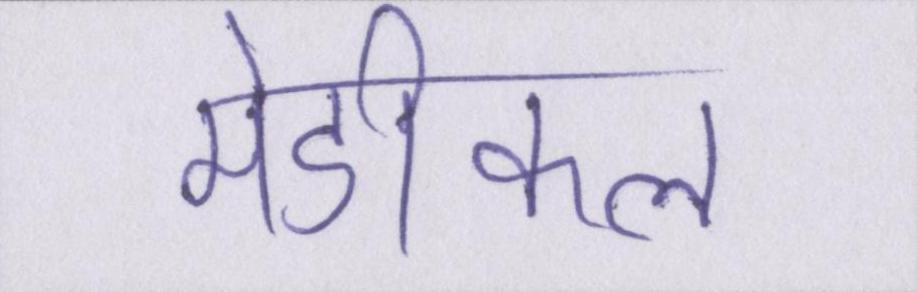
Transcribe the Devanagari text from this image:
मेडीकल